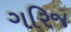
ગરિજ